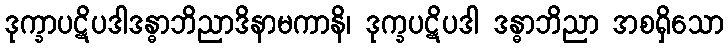
ဒုက္ခာပဋိပဒါဒန္ဓာဘိညာဒိနာမကာနိ၊ ဒုက္ခပဋိပဒါ ဒန္ဓာဘိညာ အစရှိသော